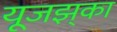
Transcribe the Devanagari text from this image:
यूजझ्‌का